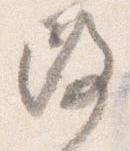
改